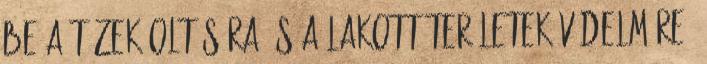
be a tüzek oltására és a lakott területek védelmére.